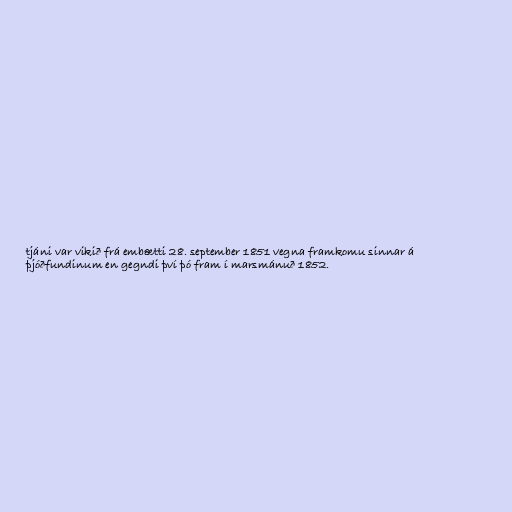
tjáni var vikið frá embætti 28. september 1851 vegna framkomu sinnar á
þjóðfundinum en gegndi því þó fram í marsmánuð 1852.